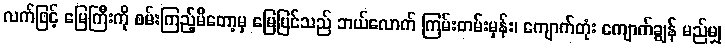
လက်ဖြင့် မြေကြီးကို စမ်းကြည့်မိတော့မှ မြေပြင်သည် ဘယ်လောက် ကြမ်းတမ်းမှန်း၊ ကျောက်တုံး ကျောက်ချွန် မည်မျှ